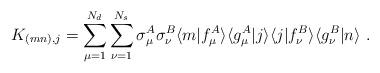
LaTeX: \begin{align*}K_{(mn),j} = \sum_{\mu=1}^{N_d}\sum_{\nu=1}^{N_s} \sigma_\mu^A \sigma_\nu^B \langle m \vert f_\mu^A \rangle \langle g_\mu^A \vert j \rangle \langle j \vert f_\nu^B \rangle \langle g_\nu^B \vert n \rangle \ . \end{align*}